Vaccination in Bombay 1924-1928 - 1924-1928
Year: 1924
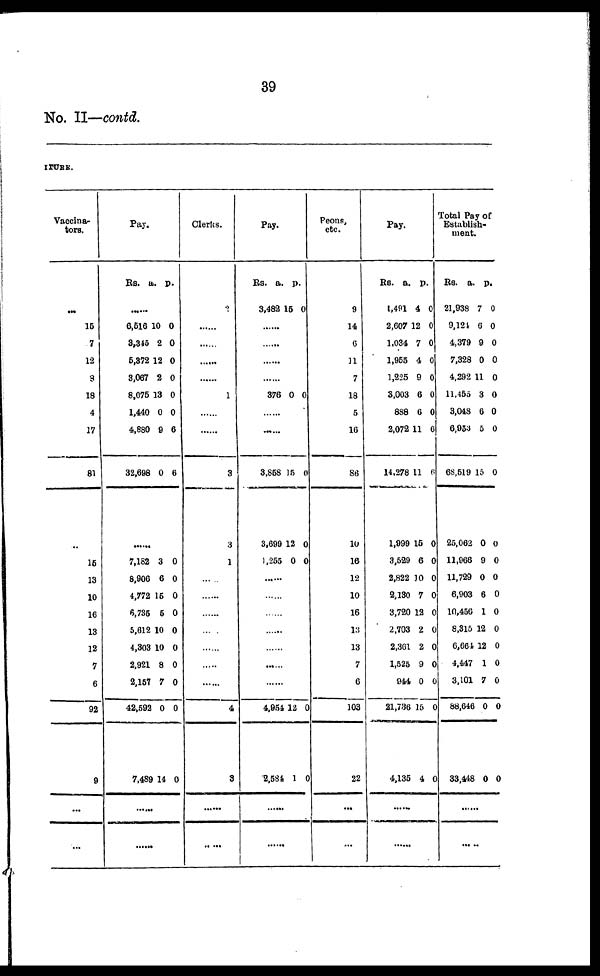
39
No. II—contd.
ITURE.
Vaccina-
tors.
...
15
7
12
3
18
4
17
81
...
15
13
10
16
13
12
7
6
92
9
...
...
Pay.
Rs.
a. p.
......
6,516
3,345
5,372
3,067
8,075
1,440
4,880
32,698
10
2
12
2
13
0
9
0
0
0
0
0
0
0
6
6
......
7,182
8,906
4,772
6,735
5,612
4,303
2,921
2,157
42,592
7,489
3
6
15
5
10
10
8
7
0
14
0
0
0
0
0
0
0
0
0
0
......
Clerks.
2
......
......
......
......
1
......
......
3
3
1
......
......
......
......
......
......
......
4
3
...
...
Pay.
Rs.
3,482
a.
15
p.
0
......
......
......
......
376
0 0
......
......
3,858
15 0
......
1,255
0 0
......
......
......
......
......
......
......
4,954
2,584
12
1
0
0
......
......
Peons,
etc.
9
14
6
11
7
18
5
16
86
10
16
12
10
16
13
13
7
6
103
22
...
...
Pay.
Rs.
1,491
2,607
1,034
1,955
1,225
3,003
888
2,072
14,278
a.
4
12
7
4
9
6
6
11
11
p.
0
0
0
0
0
0
0
6
6
......
3,529
2,822
2,130
3,720
2,703
2,361
1,525
944
21,736
4,135
6
10
7
12
2
2
9
0
15
4
0
0
0
0
0
0
0
0
0
0
......
......
Total Pay of
Establish-
ment.
Rs.
21,938
9,121
4,379
7,328
4,292
11,455
3,048
6,953
68,519
a.
7
6
9
0
11
3
6
5
15
p.
0
0
0
0
0
0
0
0
0
......
11,966
11,729
6,903
10,456
8,315
6,664
4,447
3,101
88,646
33,448
9
0
6
1
12
12
1
7
0
0
0
0
0
0
0
0
0
0
0
0
......
......